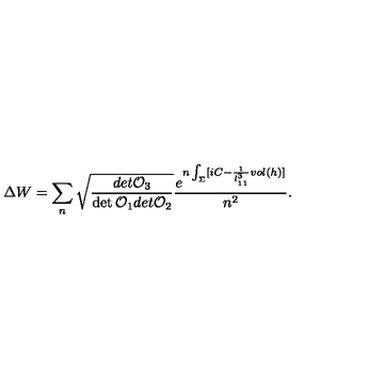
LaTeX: \Delta W = \sum _ { n } \sqrt { { \frac { d e t { \cal O } _ { 3 } } { \det { \cal O } _ { 1 } d e t { \cal O } _ { 2 } } } } { \frac { e ^ { n \int _ { \Sigma } [ i C - { \frac { 1 } { l _ { 1 1 } ^ { 3 } } } v o l ( h ) ] } } { n ^ { 2 } } } .